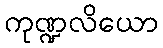
ကုဏ္ဍလိယော